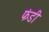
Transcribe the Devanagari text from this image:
फंडी